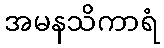
အမနသိကာရံ